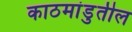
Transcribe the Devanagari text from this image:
काठमांडुतील